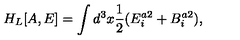
H _ { L } [ A , E ] = \int d ^ { 3 } x \frac { 1 } { 2 } ( E _ { i } ^ { a 2 } + B _ { i } ^ { a 2 } ) ,